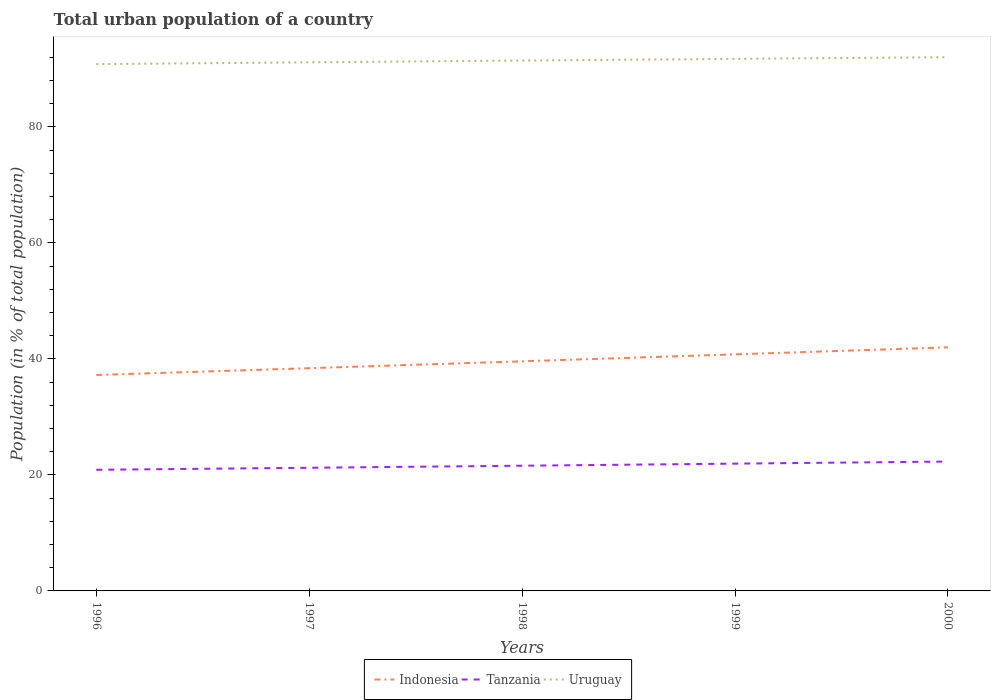
| Years | Indonesia | Tanzania | Uruguay |
 | --- | --- | --- | --- |
 | 1996 | 37.2 | 20.9 | 90.8 |
 | 1997 | 38.4 | 21.2 | 91.1 |
 | 1998 | 39.6 | 21.6 | 91.5 |
 | 1999 | 40.8 | 21.9 | 91.7 |
 | 2000 | 42 | 22.3 | 92 |